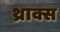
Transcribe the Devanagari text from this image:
थ्राक्स